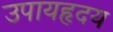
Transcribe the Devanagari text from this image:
उपायहृदय